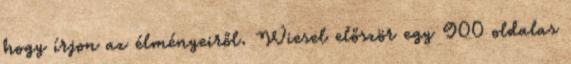
hogy írjon az élményeiről. Wiesel először egy 900 oldalas